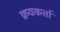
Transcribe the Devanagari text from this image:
क्रयकर्त्ता